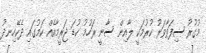
މުގުރު ސިފަވާވަރު ކުރުމަކީ ލާއިން ސާނީ ރަހުމު ކުޑަ ޖަރީމާއެއް ކަމުގައި ދެކޭހިނދު